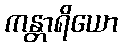
ကန္တာရိယော